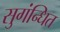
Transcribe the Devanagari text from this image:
सुगंन्‍धित